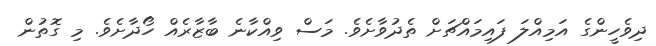
ދިވެހީންގެ އަމިއްލަ ފައިމައްޗަށް ތެދުވާށެވެ. މަސް ވިއްކާނެ ބާޒާރެއް ހޯދާށެވެ. މި ގޮތުން